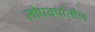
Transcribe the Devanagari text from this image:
लीपवर्षातील